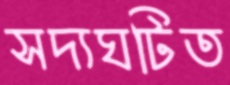
সদ্যঘটিত